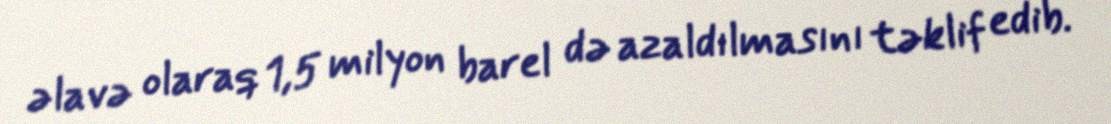
əlavə olaraq 1,5 milyon barel də azaldılmasını təklif edib.